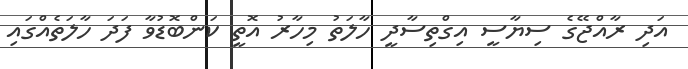
އަދި ރާއްޖޭގެ ސިޔާސީ އިގްތިސާދީ ހާލަތު މިހާރު އޮތީ ކަންބޮޑުވާ ފަދަ ހާލަަތެއްގައި